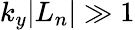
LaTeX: k_{y}|L_{n}|\gg 1